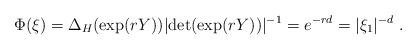
LaTeX: \begin{align*} \Phi(\xi) = \Delta_H(\exp(rY)) |{\rm det}(\exp(rY))|^{-1} = e^{-rd} = |\xi_1|^{-d}~. \end{align*}